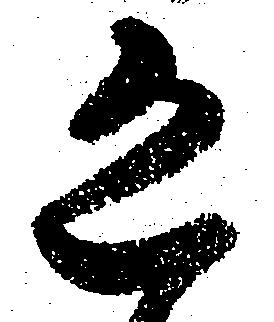
恐